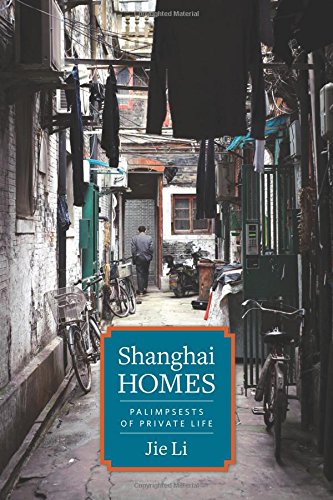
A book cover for Shanghai Homes: Palimpsests of Private Life (Global Chinese Culture); Jie Li; Biographies & Memoirs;